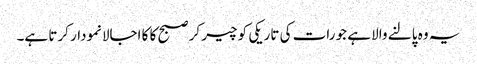
یہ وہ پالنے والا ہے جو رات کی تاریکی کو چیر کر صبح کا کا اجالانمودار کرتا ہے۔